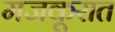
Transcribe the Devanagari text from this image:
मजकूरात